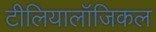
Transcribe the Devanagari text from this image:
टीलियालॉजिकल